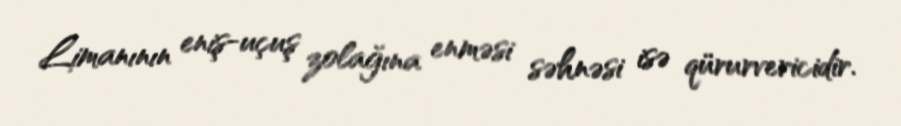
Limanının eniş-uçuş zolağına enməsi səhnəsi isə qürurvericidir.